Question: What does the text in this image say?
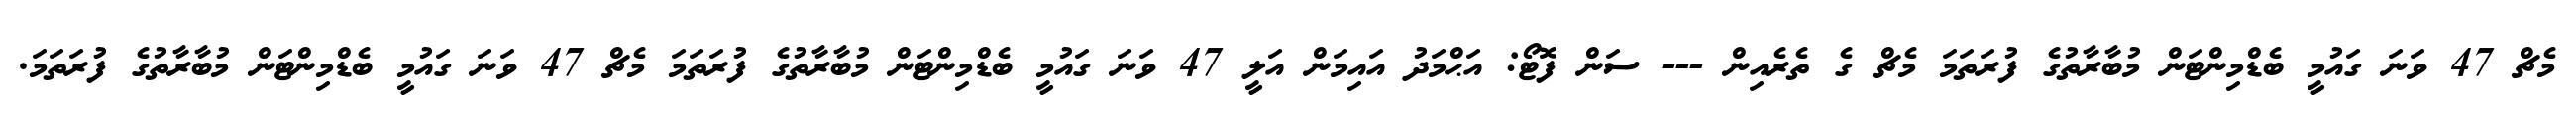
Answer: މެޗް 47 ވަނަ ގައުމީ ބެޑްމިންޓަން މުބާރާތުގެ ފުރަތަމަ މެޗް ގެ ތެރެއިން --- ސަން ފޮޓޯ: އަޙްމަދު އައިމަން އަލީ 47 ވަނަ ގައުމީ ބެޑްމިންޓަން މުބާރާތުގެ ފުރަތަމަ މެޗް 47 ވަނަ ގައުމީ ބެޑްމިންޓަން މުބާރާތުގެ ފުރަތަމަ.